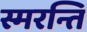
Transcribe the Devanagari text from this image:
स्मरन्ति